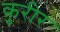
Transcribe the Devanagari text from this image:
कुरीर